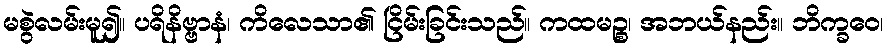
မစွဲလမ်းမူ၍။ ပရိနိဗ္ဗာနံ၊ ကိလေသာ၏ ငြိမ်းခြင်းသည်။ ကထမဉ္စ၊ အဘယ်နည်း။ ဘိက္ခဝေ၊